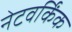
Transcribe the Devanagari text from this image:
नेटवर्किंक